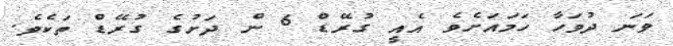
ވަނަ ދުވަހާ ހަމައަށެވެ އެއީ ގުރޭޑް 6 ން ދަށުގެ ގުރޭޑް ތަކެވެ.